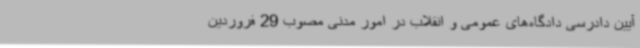
آیین دادرسی دادگاه‌های عمومی و انقلاب در امور مدنی مصوب 29 فروردین